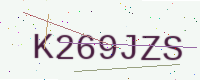
Text: K269JZS